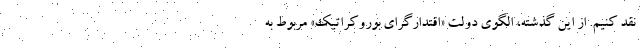
نقد کنیم. از این گذشته، الگوی دولت «اقتدارگرای بوروکراتیک» مربوط به